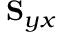
\mathbf { S } _ { y x }